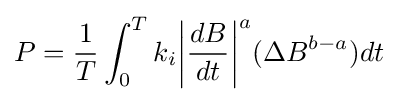
P={\frac {1}{T}}\int _{0}^{T}k_{i}{\left|{\frac {dB}{dt}}\right|}^{a}(\Delta B^{b-a})dt